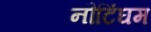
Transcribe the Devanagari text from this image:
नौटिंघम